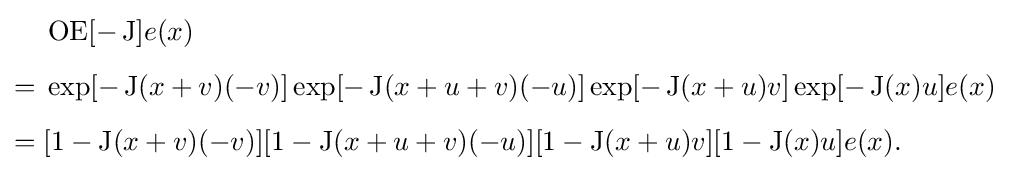
{\begin{aligned}&\operatorname {OE} [-\operatorname {J} ]e(x)\\[5pt]={}&\exp[-\operatorname {J} (x+v)(-v)]\exp[-\operatorname {J} (x+u+v)(-u)]\exp[-\operatorname {J} (x+u)v]\exp[-\operatorname {J} (x)u]e(x)\\[5pt]={}&[1-\operatorname {J} (x+v)(-v)][1-\operatorname {J} (x+u+v)(-u)][1-\operatorname {J} (x+u)v][1-\operatorname {J} (x)u]e(x).\end{aligned}}